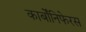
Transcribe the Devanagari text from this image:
कार्बोंनिफेरस